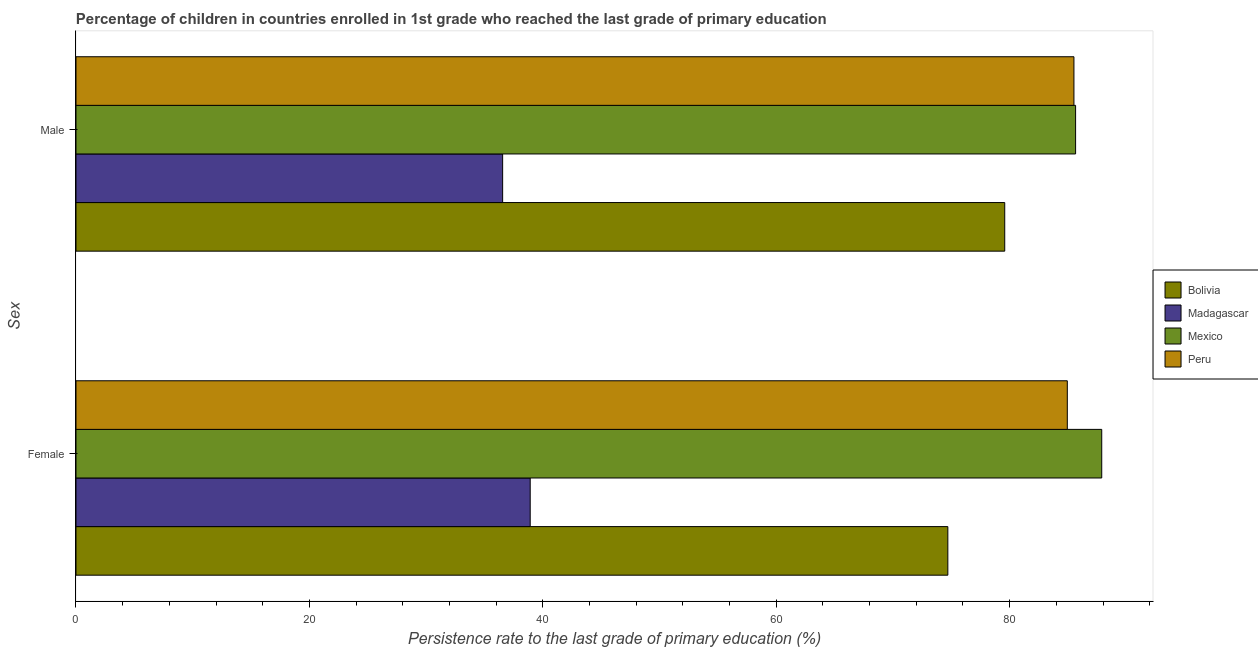
| Sex | Bolivia | Madagascar | Mexico | Peru |
 | --- | --- | --- | --- | --- |
 | Female | 74.7 | 38.9 | 87.9 | 84.9 |
 | Male | 79.6 | 36.6 | 85.7 | 85.5 |